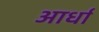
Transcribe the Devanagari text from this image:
आर्धा